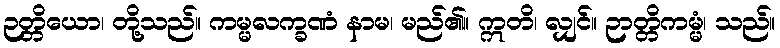
ဉတ္တိယော၊ တို့သည်။ ကမ္မလက္ခဏံ နာမ၊ မည်၏။ ဣတိ၊ လျှင်။ ဉာတ္တိကမ္မံ၊ သည်။